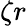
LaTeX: {\zeta}r